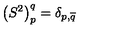
\left( S ^ { 2 } \right) _ { p } ^ { q } = \delta _ { p , \overline { { q } } }